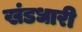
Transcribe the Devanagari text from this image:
खंडधारी